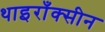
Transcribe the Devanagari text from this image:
थाइराँक्सीन